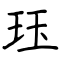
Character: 珏